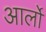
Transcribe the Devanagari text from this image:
आर्लो